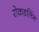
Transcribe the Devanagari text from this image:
रोकडलिंग